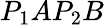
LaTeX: P_{1}AP_{2}B